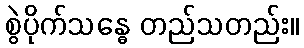
စွဲပိုက်သန္ဓေ တည်သတည်း။